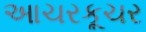
આચરકૂચર